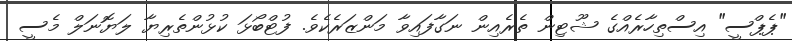
"ޕެޕްސީ" އިސްތިހާރެއްގެ ޝޫޓިން ތެރެއިން ނަގާފައިވާ މަންޒަރެކެވެ. ފުޓްބޯޅަ ކުޅުންތެރިޔާ ލަޔޮނަލް މެސީ